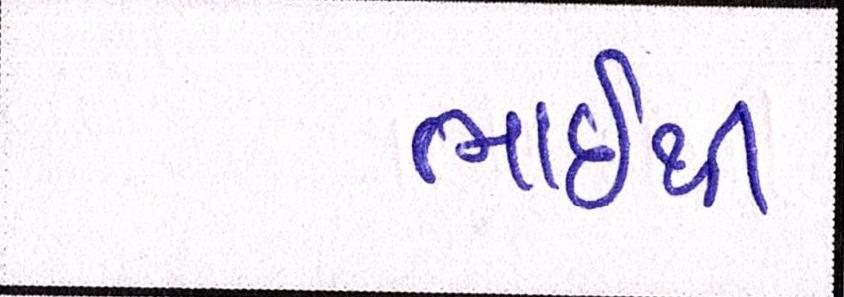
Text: ભાઇથી